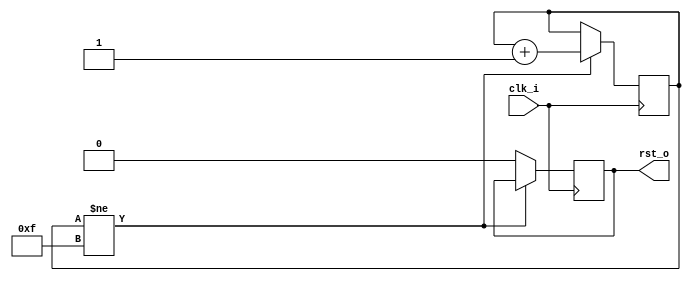
//-----------------------------------------------------------------
// Copyright (c) 2021, admin@ultra-embedded.com
// All rights reserved.
// 
// Redistribution and use in source and binary forms, with or without
// modification, are permitted provided that the following conditions 
// are met:
//   - Redistributions of source code must retain the above copyright
//     notice, this list of conditions and the following disclaimer.
//   - Redistributions in binary form must reproduce the above copyright
//     notice, this list of conditions and the following disclaimer 
//     in the documentation and/or other materials provided with the 
//     distribution.
//   - Neither the name of the author nor the names of its contributors 
//     may be used to endorse or promote products derived from this 
//     software without specific prior written permission.
// 
// THIS SOFTWARE IS PROVIDED BY THE COPYRIGHT HOLDERS AND CONTRIBUTORS 
// "AS IS" AND ANY EXPRESS OR IMPLIED WARRANTIES, INCLUDING, BUT NOT 
// LIMITED TO, THE IMPLIED WARRANTIES OF MERCHANTABILITY AND FITNESS FOR 
// A PARTICULAR PURPOSE ARE DISCLAIMED. IN NO EVENT SHALL THE AUTHOR BE 
// LIABLE FOR ANY DIRECT, INDIRECT, INCIDENTAL, SPECIAL, EXEMPLARY, OR 
// CONSEQUENTIAL DAMAGES (INCLUDING, BUT NOT LIMITED TO, PROCUREMENT OF 
// SUBSTITUTE GOODS OR SERVICES; LOSS OF USE, DATA, OR PROFITS; OR 
// BUSINESS INTERRUPTION) HOWEVER CAUSED AND ON ANY THEORY OF 
// LIABILITY, WHETHER IN CONTRACT, STRICT LIABILITY, OR TORT
// (INCLUDING NEGLIGENCE OR OTHERWISE) ARISING IN ANY WAY OUT OF 
// THE USE OF THIS SOFTWARE, EVEN IF ADVISED OF THE POSSIBILITY OF 
// SUCH DAMAGE.
//-----------------------------------------------------------------
module reset_gen
(
    input  clk_i,
    output rst_o
);

reg [3:0] count_q = 4'b0;
reg       rst_q   = 1'b1;

always @(posedge clk_i) 
if (count_q != 4'hF)
    count_q <= count_q + 4'd1;
else
    rst_q <= 1'b0;

assign rst_o = rst_q;

endmodule